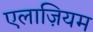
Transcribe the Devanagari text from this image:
एलाज़ियम